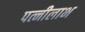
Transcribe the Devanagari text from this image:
पत्नीलाभ